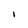
Character: I